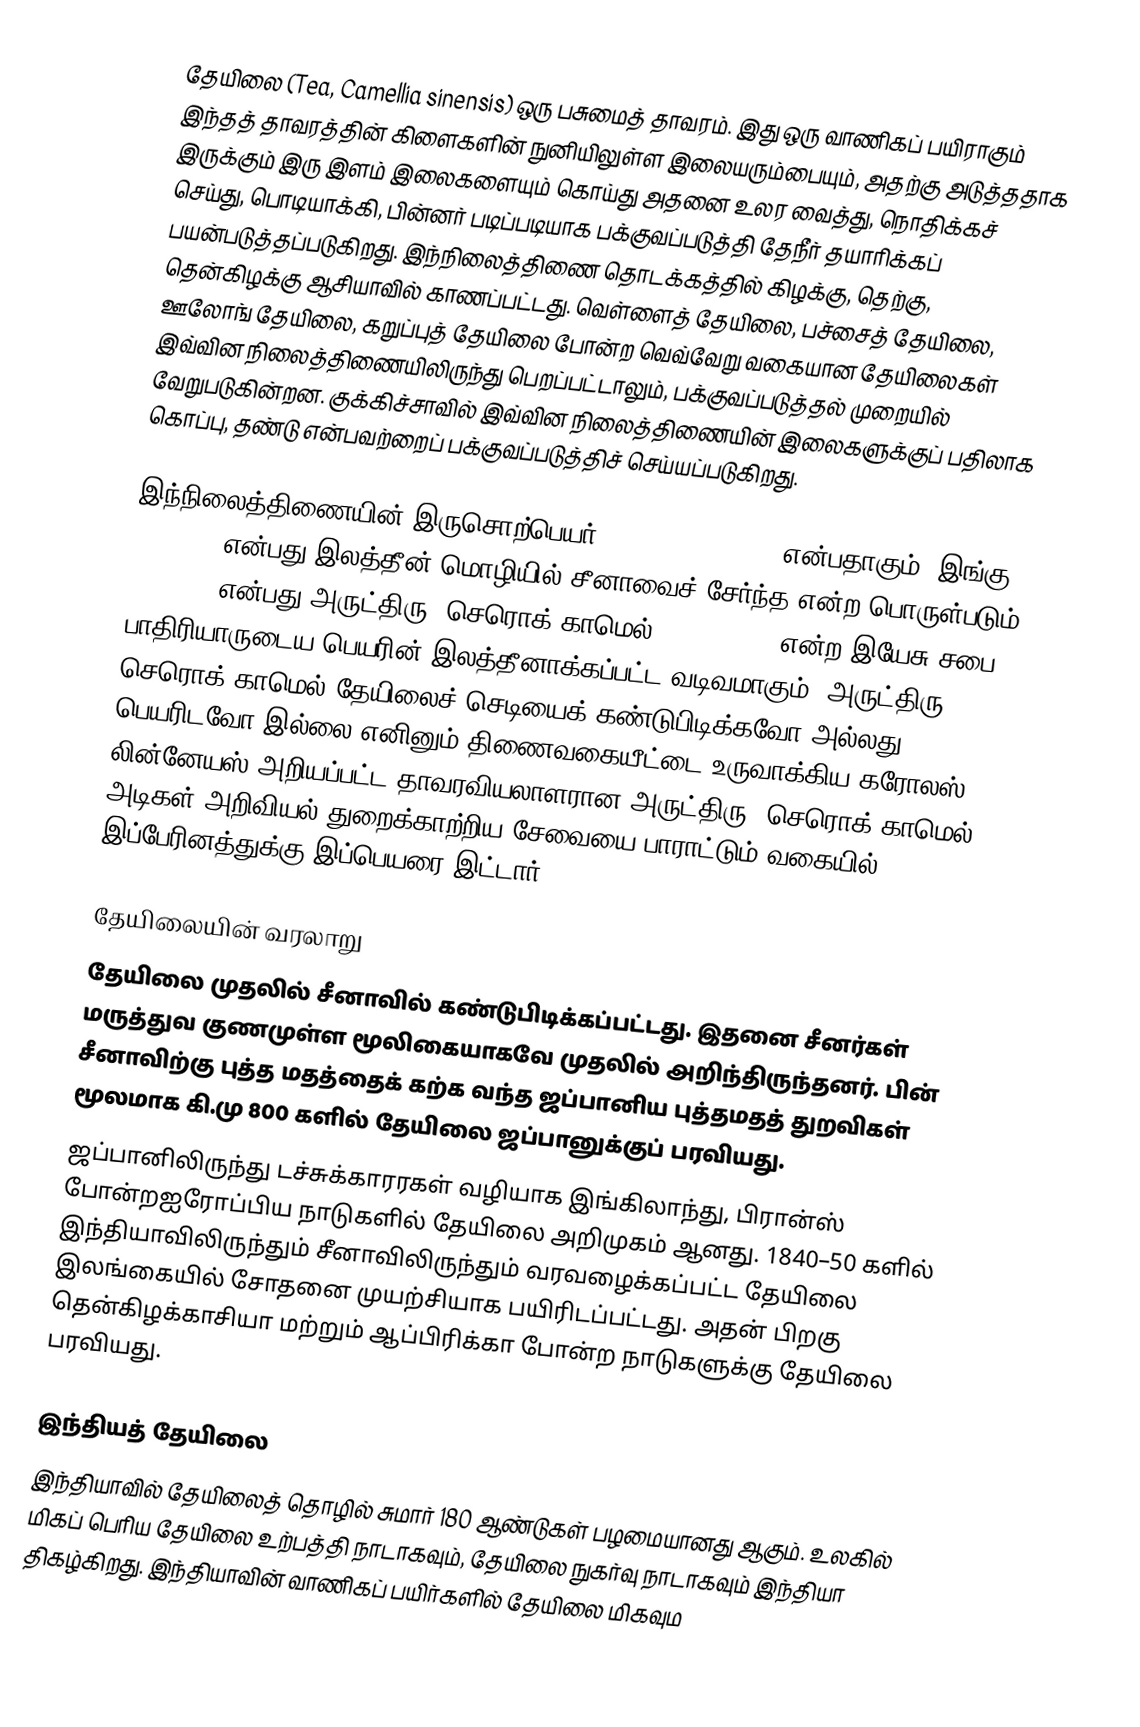
தேயிலை (Tea, Camellia sinensis) ஒரு பசுமைத் தாவரம். இது ஒரு வாணிகப் பயிராகும் இந்தத் தாவரத்தின் கிளைகளின் நுனியிலுள்ள இலையரும்பையும், அதற்கு அடுத்ததாக இருக்கும் இரு இளம் இலைகளையும் கொய்து அதனை உலர வைத்து, நொதிக்கச் செய்து, பொடியாக்கி, பின்னர் படிப்படியாக பக்குவப்படுத்தி தேநீர் தயாரிக்கப் பயன்படுத்தப்படுகிறது. இந்நிலைத்திணை தொடக்கத்தில் கிழக்கு, தெற்கு, தென்கிழக்கு ஆசியாவில் காணப்பட்டது. வெள்ளைத் தேயிலை, பச்சைத் தேயிலை, ஊலோங் தேயிலை, கறுப்புத் தேயிலை போன்ற வெவ்வேறு வகையான தேயிலைகள் இவ்வின நிலைத்திணையிலிருந்து பெறப்பட்டாலும், பக்குவப்படுத்தல் முறையில் வேறுபடுகின்றன. குக்கிச்சாவில் இவ்வின நிலைத்திணையின் இலைகளுக்குப் பதிலாக கொப்பு, தண்டு என்பவற்றைப் பக்குவப்படுத்திச் செய்யப்படுகிறது.

இந்நிலைத்திணையின் இருசொற்பெயர் Camellia sinensis என்பதாகும், இங்கு sinensis என்பது இலத்தீன் மொழியில் சீனாவைச் சேர்ந்த என்ற பொருள்படும். Camellia என்பது அருட்திரு. செரொக் காமெல் (1661–1706) என்ற இயேசு சபை பாதிரியாருடைய பெயரின் இலத்தீனாக்கப்பட்ட வடிவமாகும். அருட்திரு. செரொக் காமெல் தேயிலைச் செடியைக் கண்டுபிடிக்கவோ அல்லது பெயரிடவோ இல்லை எனினும் திணைவகையீட்டை உருவாக்கிய கரோலஸ் லின்னேயஸ் அறியப்பட்ட தாவரவியலாளரான அருட்திரு. செரொக் காமெல் அடிகள் அறிவியல் துறைக்காற்றிய சேவையை பாராட்டும் வகையில் இப்பேரினத்துக்கு இப்பெயரை இட்டார்.

தேயிலையின் வரலாறு
தேயிலை முதலில் சீனாவில் கண்டுபிடிக்கப்பட்டது. இதனை சீனர்கள் மருத்துவ குணமுள்ள மூலிகையாகவே முதலில் அறிந்திருந்தனர். பின் சீனாவிற்கு புத்த மதத்தைக் கற்க வந்த ஜப்பானிய புத்தமதத் துறவிகள் மூலமாக கி.மு 800 களில் தேயிலை ஜப்பானுக்குப் பரவியது.
ஜப்பானிலிருந்து டச்சுக்காரரகள் வழியாக  இங்கிலாந்து, பிரான்ஸ் போன்றஐரோப்பிய  நாடுகளில் தேயிலை அறிமுகம் ஆனது. 1840–50 களில் இந்தியாவிலிருந்தும் சீனாவிலிருந்தும்  வரவழைக்கப்பட்ட தேயிலை இலங்கையில் சோதனை முயற்சியாக பயிரிடப்பட்டது. அதன் பிறகு தென்கிழக்காசியா மற்றும் ஆப்பிரிக்கா போன்ற நாடுகளுக்கு தேயிலை பரவியது.

இந்தியத் தேயிலை
இந்தியாவில் தேயிலைத் தொழில் சுமார் 180 ஆண்டுகள் பழமையானது ஆகும். உலகில் மிகப் பெரிய தேயிலை உற்பத்தி நாடாகவும், தேயிலை நுகர்வு நாடாகவும் இந்தியா திகழ்கிறது. இந்தியாவின் வாணிகப் பயிர்களில் தேயிலை  மிகவும